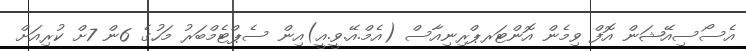
އެސޯސިއޭޝަން އޮފް ވިމެން އޮންޓަރޕްރިނިއާސް (އެމް.އޭ.ވީ.އީ)އިން ސެޕްޓެމްބަރު މަހުގެ 6ން 7ށް ކުރިއަށް